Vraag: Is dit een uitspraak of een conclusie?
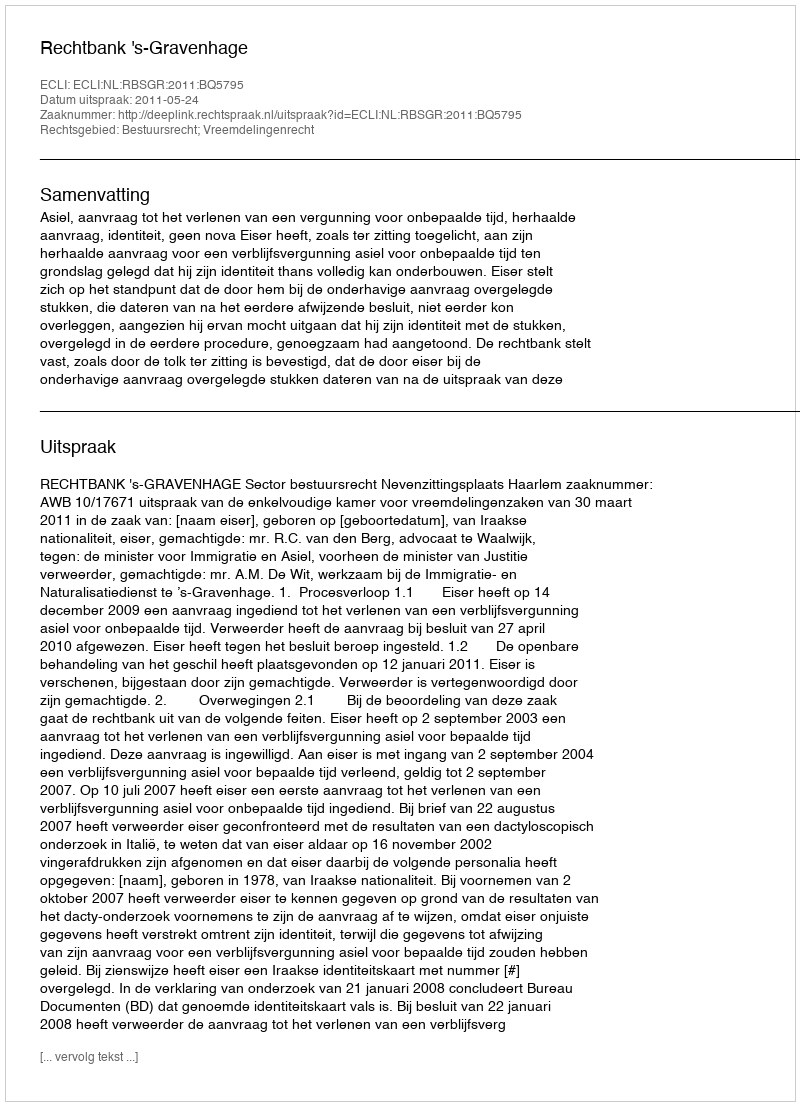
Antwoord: Uitspraak